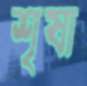
শৃষা